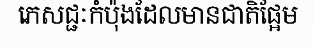
ភេសជ្ជៈកំប៉ុងដែលមានជាតិផ្អែម